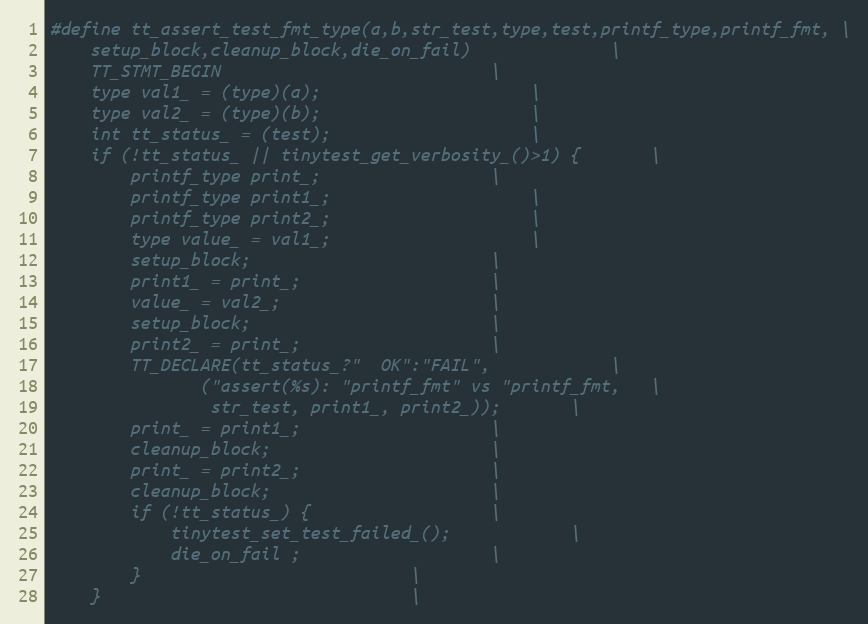
Language: C
#define tt_assert_test_fmt_type(a,b,str_test,type,test,printf_type,printf_fmt, \
    setup_block,cleanup_block,die_on_fail)				\
	TT_STMT_BEGIN							\
	type val1_ = (type)(a);						\
	type val2_ = (type)(b);						\
	int tt_status_ = (test);					\
	if (!tt_status_ || tinytest_get_verbosity_()>1)	{		\
		printf_type print_;					\
		printf_type print1_;					\
		printf_type print2_;					\
		type value_ = val1_;					\
		setup_block;						\
		print1_ = print_;					\
		value_ = val2_;						\
		setup_block;						\
		print2_ = print_;					\
		TT_DECLARE(tt_status_?"	 OK":"FAIL",			\
			   ("assert(%s): "printf_fmt" vs "printf_fmt,	\
			    str_test, print1_, print2_));		\
		print_ = print1_;					\
		cleanup_block;						\
		print_ = print2_;					\
		cleanup_block;						\
		if (!tt_status_) {					\
			tinytest_set_test_failed_();			\
			die_on_fail ;					\
		}							\
	}								\